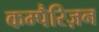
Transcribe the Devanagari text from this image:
कम्पैरिज़न